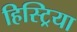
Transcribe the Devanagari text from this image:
हिस्ट्रिया